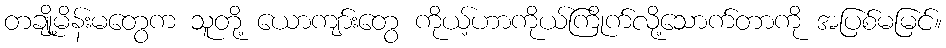
တချို့မိန်းမတွေက သူတို့ ယောကျာ်းတွေ ကိုယ့်ဟာကိုယ်ကြိုက်လို့သောက်တာကို အပြစ်မမြင်။